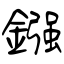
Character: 鏹